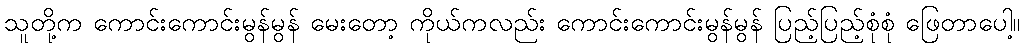
သူတို့က ကောင်းကောင်းမွန်မွန် မေးတော့ ကိုယ်ကလည်း ကောင်းကောင်းမွန်မွန် ပြည့်ပြည့်စုံစုံ ဖြေတာပေါ့။